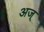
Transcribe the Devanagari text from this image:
अज्